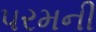
પરમની